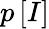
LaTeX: p\left[I\right]